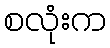
စလုံးက